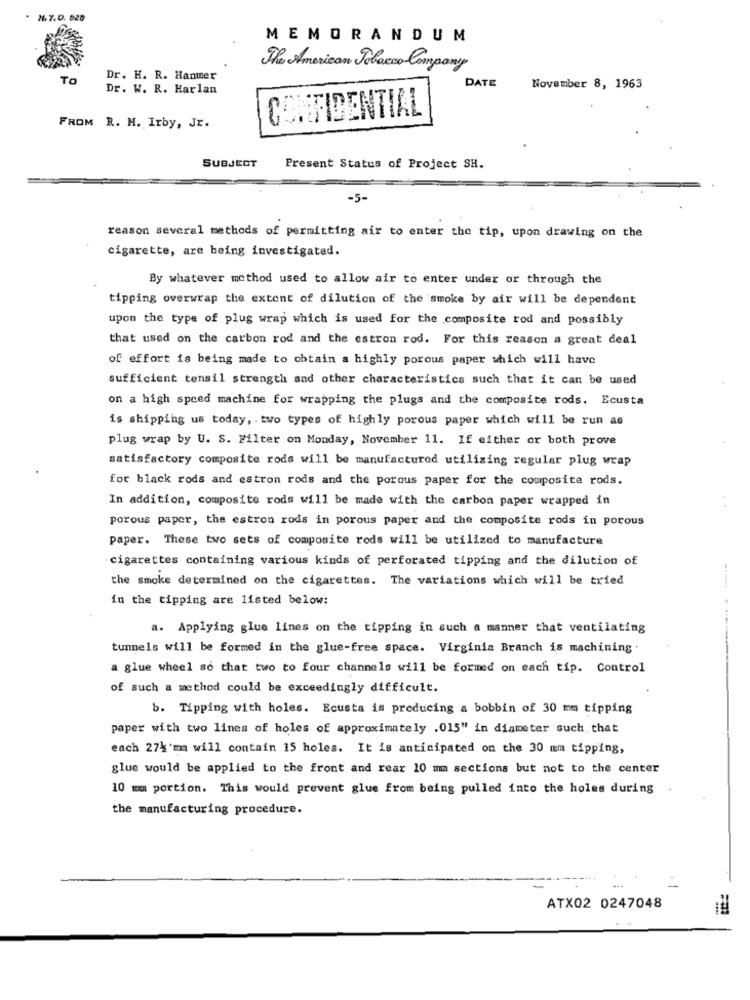
2.7.0. 020
MEMORANDUM
The American Tobacco Company
TO
Dr. H. R. Hanmer
DATE
Dr. W. R. Harlan
November 8, 1963
CONFIDENTIAL
FROM R. M. Irby, Jr.
SUBJECT
Present Status of Project SH.
-5-
reason several methods of permitting air to enter the tip, upon drawing on the
cigarette, are being investigated.
By whatever method used to allow air to enter under or through the
tipping overwrap the extent of dilution of the smoke by air will be dependent
upon the type of plug wrap which is used for the composite rod and possibly
that used on the carbon rod and the estron rod. For this reason a great deal
of effort is being made to obtain a highly porous paper which will have
sufficient tensil strength and other characteristics such that it can be used
on a high speed machine for wrapping the plugs and the composite rods. Ecusta
is shipping us today, . two types of highly porous paper which will be run as
plug wrap by U. S. Filter on Monday, November 11. If either or both prove
satisfactory composite rods will be manufactured utilizing regular plug wrap
for black rods and estron rods and the porous paper for the composite rods.
In addition, composite rods will be made with the carbon paper wrapped in
. .
porous paper, the estron rods in porous paper and the composite rods in porous
paper. These two sets of composite rods will be utilized to manufacture
cigarettes containing various kinds of perforated tipping and the dilution of
the smoke determined on the cigarettes. The variations which will be tried
in the tipping are listed below:
a. Applying glue lines on the tipping in such a manner that ventilating
tunnels will be formed in the glue-free space. Virginia Branch is machining .
a glue wheel so that two to four channels will be formed on each tip. Control
---- ------
of such a method could be exceedingly difficult.
b. Tipping with holes. Ecusta is producing a bobbin of 30 mm tipping
paper with two lines of holes of approximately .015" in diameter such that
each 274'm will contain 15 holes. It is anticipated on the 30 mm tipping,
glue would be applied to the front and rear 10 mm sections but not to the center
10 mm portion. This would prevent glue from being pulled into the holes during
the manufacturing procedure.
=
ATX02 0247048